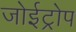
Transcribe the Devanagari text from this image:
जोईट्रोप